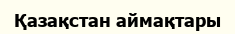
Қазақстан аймақтары